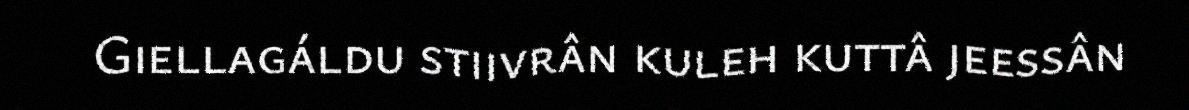
Giellagáldu stiivrân kuleh kuttâ jeessân